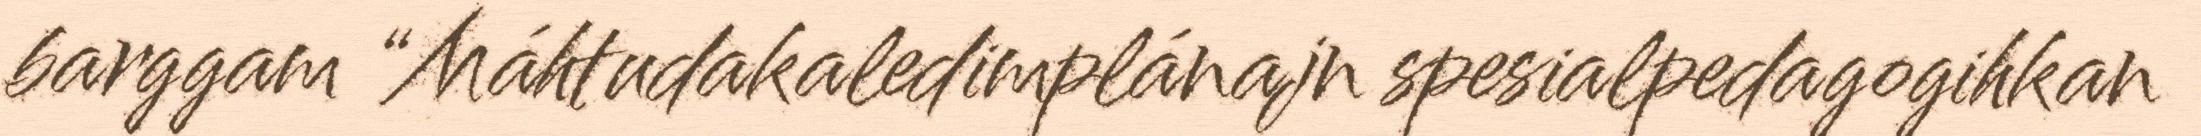
barggam “Máhtudakaledimplánajn spesialpedagogihkan